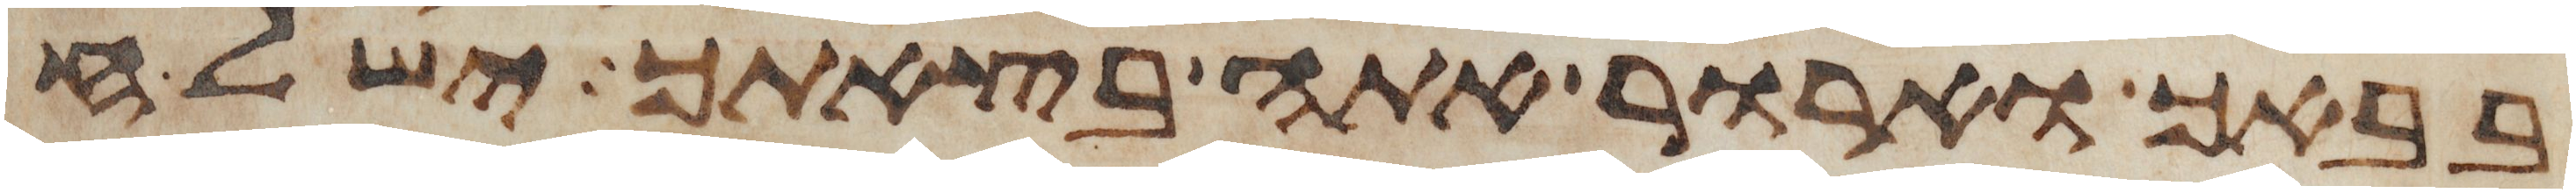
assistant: בבאך וארור אתה בצאתך ישלח